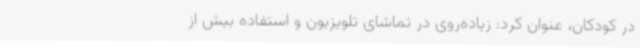
در کودکان، عنوان کرد: زیاده‌روی در تماشای تلویزیون و استفاده بیش از